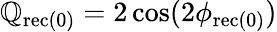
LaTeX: \mathbb{Q}_{\mathrm{{{rec(0)}}}}=2\cos(2\phi_{\mathrm{{{rec(0)}}}})